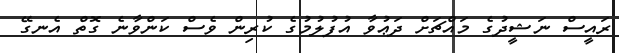
ރައީސް ނަޝީދުގެ މައްޗަށް ދަޢުވާ އުފުލުމުގެ ކުރިން ވެސް ކަންވާނެ ގޮތް އެނގޭ